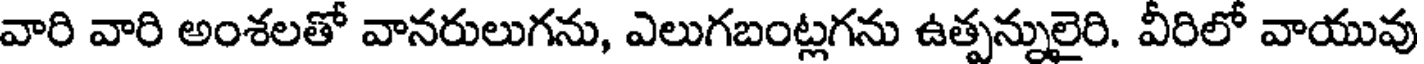
వారి వారి అంశలతో వానరులుగను, ఎలుగబంట్లగను ఉత్పన్నులైరి. వీరిలో వాయువు